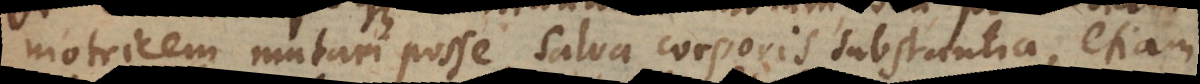
motricem mutari posse, salva corporis substantia, etiam